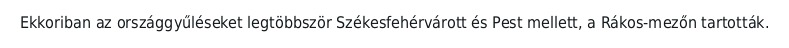
Ekkoriban az országgyűléseket legtöbbször Székesfehérvárott és Pest mellett, a Rákos-mezőn tartották.